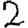
Digit: 2